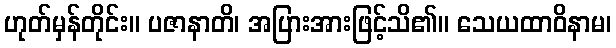
ဟုတ်မှန်တိုင်း။ ပဇာနာတိ၊ အပြားအားဖြင့်သိ၏။ သေယထာဝိနာမ၊